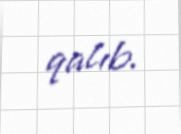
qalıb.